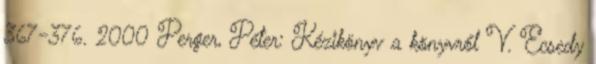
367-376. 2000 Perger, Péter: Kézikönyv a könyvről V. Ecsedy